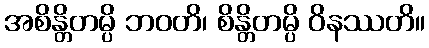
အစိန္တိတမ္ပိ ဘဝတိ၊ စိန္တိတမ္ပိ ဝိနဿတိ။